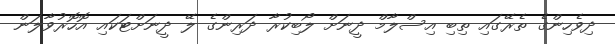
ދިވެހިންގެ ތެރޭގައި ތިބި އިސްލާމް ދީނަށް ލޯބިކުރާ ދަރިންގެ ލޭ ދީނަށްޓަކައި އޮހޮރުވާލަން